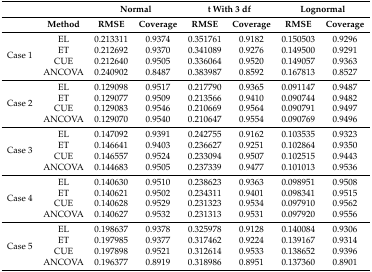
<table><thead><tr><td></td><td></td><td colspan="2"><b>Normal</b></td><td colspan="2"><b>t With 3 df</b></td><td colspan="2"><b>Lognormal</b></td></tr><tr><td></td><td><b>Method</b></td><td><b>RMSE</b></td><td><b>Coverage</b></td><td><b>RMSE</b></td><td><b>Coverage</b></td><td><b>RMSE</b></td><td><b>Coverage</b></td></tr></thead><tbody><tr><td rowspan="4">Case 1</td><td>EL</td><td>0.213311</td><td>0.9374</td><td>0.351761</td><td>0.9182</td><td>0.150503</td><td>0.9296</td></tr><tr><td>ET</td><td>0.212692</td><td>0.9370</td><td>0.341089</td><td>0.9276</td><td>0.149500</td><td>0.9291</td></tr><tr><td>CUE</td><td>0.212640</td><td>0.9505</td><td>0.336064</td><td>0.9520</td><td>0.149057</td><td>0.9363</td></tr><tr><td>ANCOVA</td><td>0.240902</td><td>0.8487</td><td>0.383987</td><td>0.8592</td><td>0.167813</td><td>0.8527</td></tr><tr><td rowspan="4">Case 2</td><td>EL</td><td>0.129098</td><td>0.9517</td><td>0.217790</td><td>0.9365</td><td>0.091147</td><td>0.9487</td></tr><tr><td>ET</td><td>0.129077</td><td>0.9509</td><td>0.213566</td><td>0.9410</td><td>0.090744</td><td>0.9482</td></tr><tr><td>CUE</td><td>0.129083</td><td>0.9546</td><td>0.210669</td><td>0.9564</td><td>0.090791</td><td>0.9497</td></tr><tr><td>ANCOVA</td><td>0.129070</td><td>0.9540</td><td>0.210647</td><td>0.9554</td><td>0.090769</td><td>0.9496</td></tr><tr><td rowspan="4">Case 3</td><td>EL</td><td>0.147092</td><td>0.9391</td><td>0.242755</td><td>0.9162</td><td>0.103535</td><td>0.9323</td></tr><tr><td>ET</td><td>0.146641</td><td>0.9403</td><td>0.236627</td><td>0.9251</td><td>0.102864</td><td>0.9350</td></tr><tr><td>CUE</td><td>0.146557</td><td>0.9524</td><td>0.233094</td><td>0.9507</td><td>0.102515</td><td>0.9443</td></tr><tr><td>ANCOVA</td><td>0.144683</td><td>0.9505</td><td>0.237339</td><td>0.9477</td><td>0.101013</td><td>0.9536</td></tr><tr><td rowspan="4">Case 4</td><td>EL</td><td>0.140630</td><td>0.9510</td><td>0.238623</td><td>0.9363</td><td>0.098951</td><td>0.9508</td></tr><tr><td>ET</td><td>0.140621</td><td>0.9502</td><td>0.234311</td><td>0.9401</td><td>0.098341</td><td>0.9515</td></tr><tr><td>CUE</td><td>0.140628</td><td>0.9529</td><td>0.231323</td><td>0.9534</td><td>0.097910</td><td>0.9562</td></tr><tr><td>ANCOVA</td><td>0.140627</td><td>0.9532</td><td>0.231313</td><td>0.9531</td><td>0.097920</td><td>0.9556</td></tr><tr><td rowspan="4">Case 5</td><td>EL</td><td>0.198637</td><td>0.9378</td><td>0.325978</td><td>0.9128</td><td>0.140084</td><td>0.9306</td></tr><tr><td>ET</td><td>0.197985</td><td>0.9377</td><td>0.317462</td><td>0.9224</td><td>0.139167</td><td>0.9314</td></tr><tr><td>CUE</td><td>0.197898</td><td>0.9521</td><td>0.312614</td><td>0.9533</td><td>0.138652</td><td>0.9396</td></tr><tr><td>ANCOVA</td><td>0.196377</td><td>0.8919</td><td>0.318986</td><td>0.8951</td><td>0.137360</td><td>0.8901</td></tr></tbody></table>